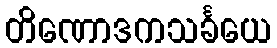
တိဏောဒကသင်္ခယေ